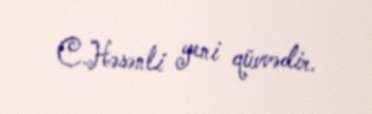
C.Həsənli yeni qüvvədir.